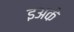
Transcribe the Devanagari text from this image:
इअके